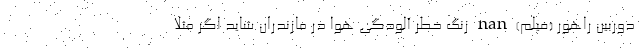
دوربین راهور (فیلم) nan زنگ خطر آلودگی هوا در مازندران شاید اگر مثلا